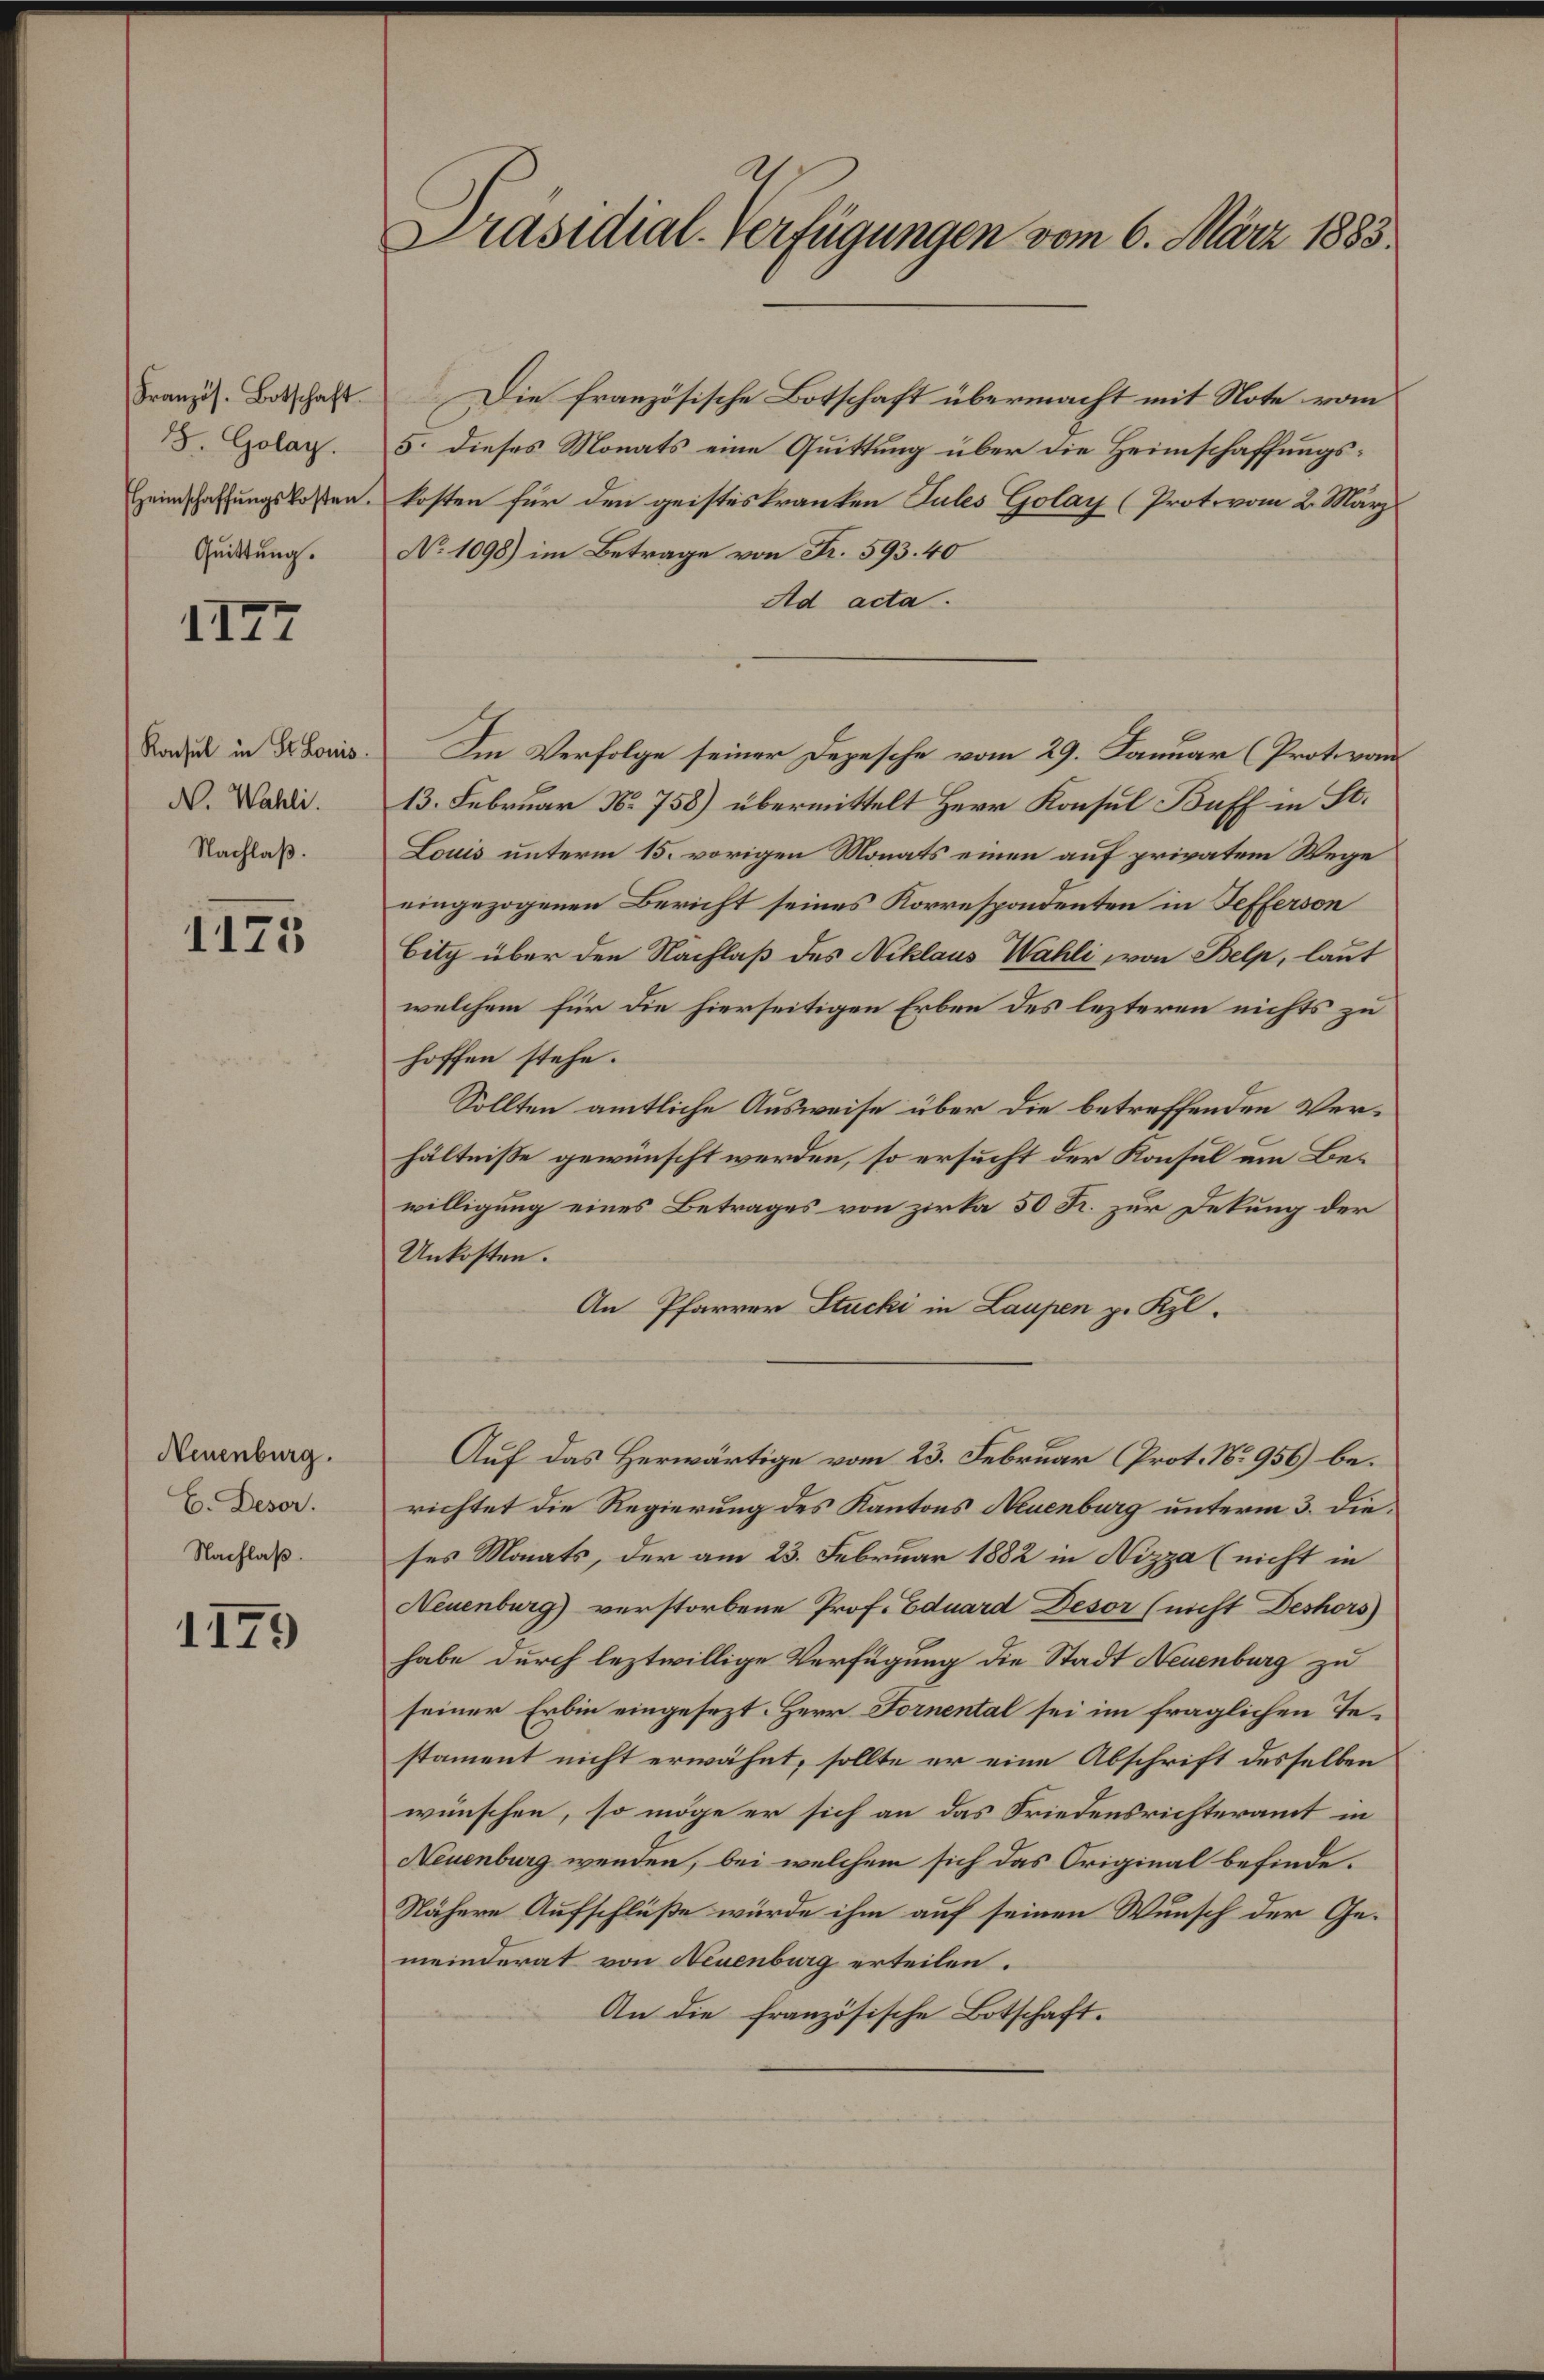
Französ. Botschaft
5. Golay.
Heimschaffŭngskosten.
Quittung.

III

Konsul in St. Louis
N. Wahli.
Nachlaß.

1175

Neuenburg.
E. Deser.
Nachlaß.

1179

Präsidial-Verfügungen vom 6. März 1885.

Die französische Botschaft übermacht mit Note vom
5. dieses Monats eine Quittung über die Heimschaffungskosten für den geisteskranken Tules Golay (Protovom 2. März
No 1098) im Betrage von Fr. 593. 40
Ad acta.
Im Verfolge seiner Depesche vom 29. Januar (Prot. von
13. Februar N. 758) übermittelt Herr Konsul Buff in St.
Louis unterm 15. vorigen Monats einen auf privatem Wege
eingezogenen Bericht seines Korrespondenten in Sefferson
Bitz über den Nachlaß des Niklaus Wahli, von Belp, laut
welchem für die hierseitigen Erben des lezteren nichts zu
hoffen stehe.
Sollten amtliche Ausweise über die betreffenden Verhältnisse gewünscht werden, so ersucht der Konsul ein Bewilligung eines Betrages von zirka 50 Fr. zur Dekung der
Unkosten.
An Pfarrer Stucki in Laupen p. Kzl.
Auf das Herwärtige vom 23. Februar (Prot. No 956) berichtet die Regierung des Kantons Neuenburg unterm 3. dieses Monats, der am 23. Februar 1882 in Nizza (nicht in
Neuenburg) verstorbene Prof. Eduard Desor (nicht Deshors
habe durch leztwillige Verfügung die Stadt Neuenburg zu
seiner Erbin eingesezt. Herr Fornental sei im fraglichen Testament nicht erwähnt, sollte er eine Abschrift desselben
wünschen, so möge er sich an das Friedensrichteramt in
Neuenburg wenden, bei welchem sich das Original befinde-
Nähere Aufschluße würde ihm auf seinen Wunsch der Gemeinderat von Neuenburg erteilen.
An die französische Botschaft.